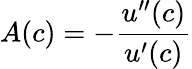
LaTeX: A(c)=-{\frac{u^{\prime\prime}(c)}{u^{\prime}(c)}}